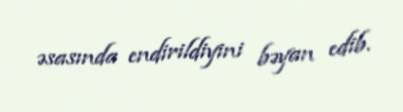
əsasında endirildiyini bəyan edib.